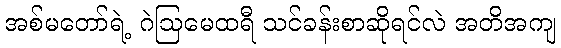
အစ်မတော်ရဲ့ ဂဲဩမေထရီ သင်ခန်းစာဆိုရင်လဲ အတိအကျ